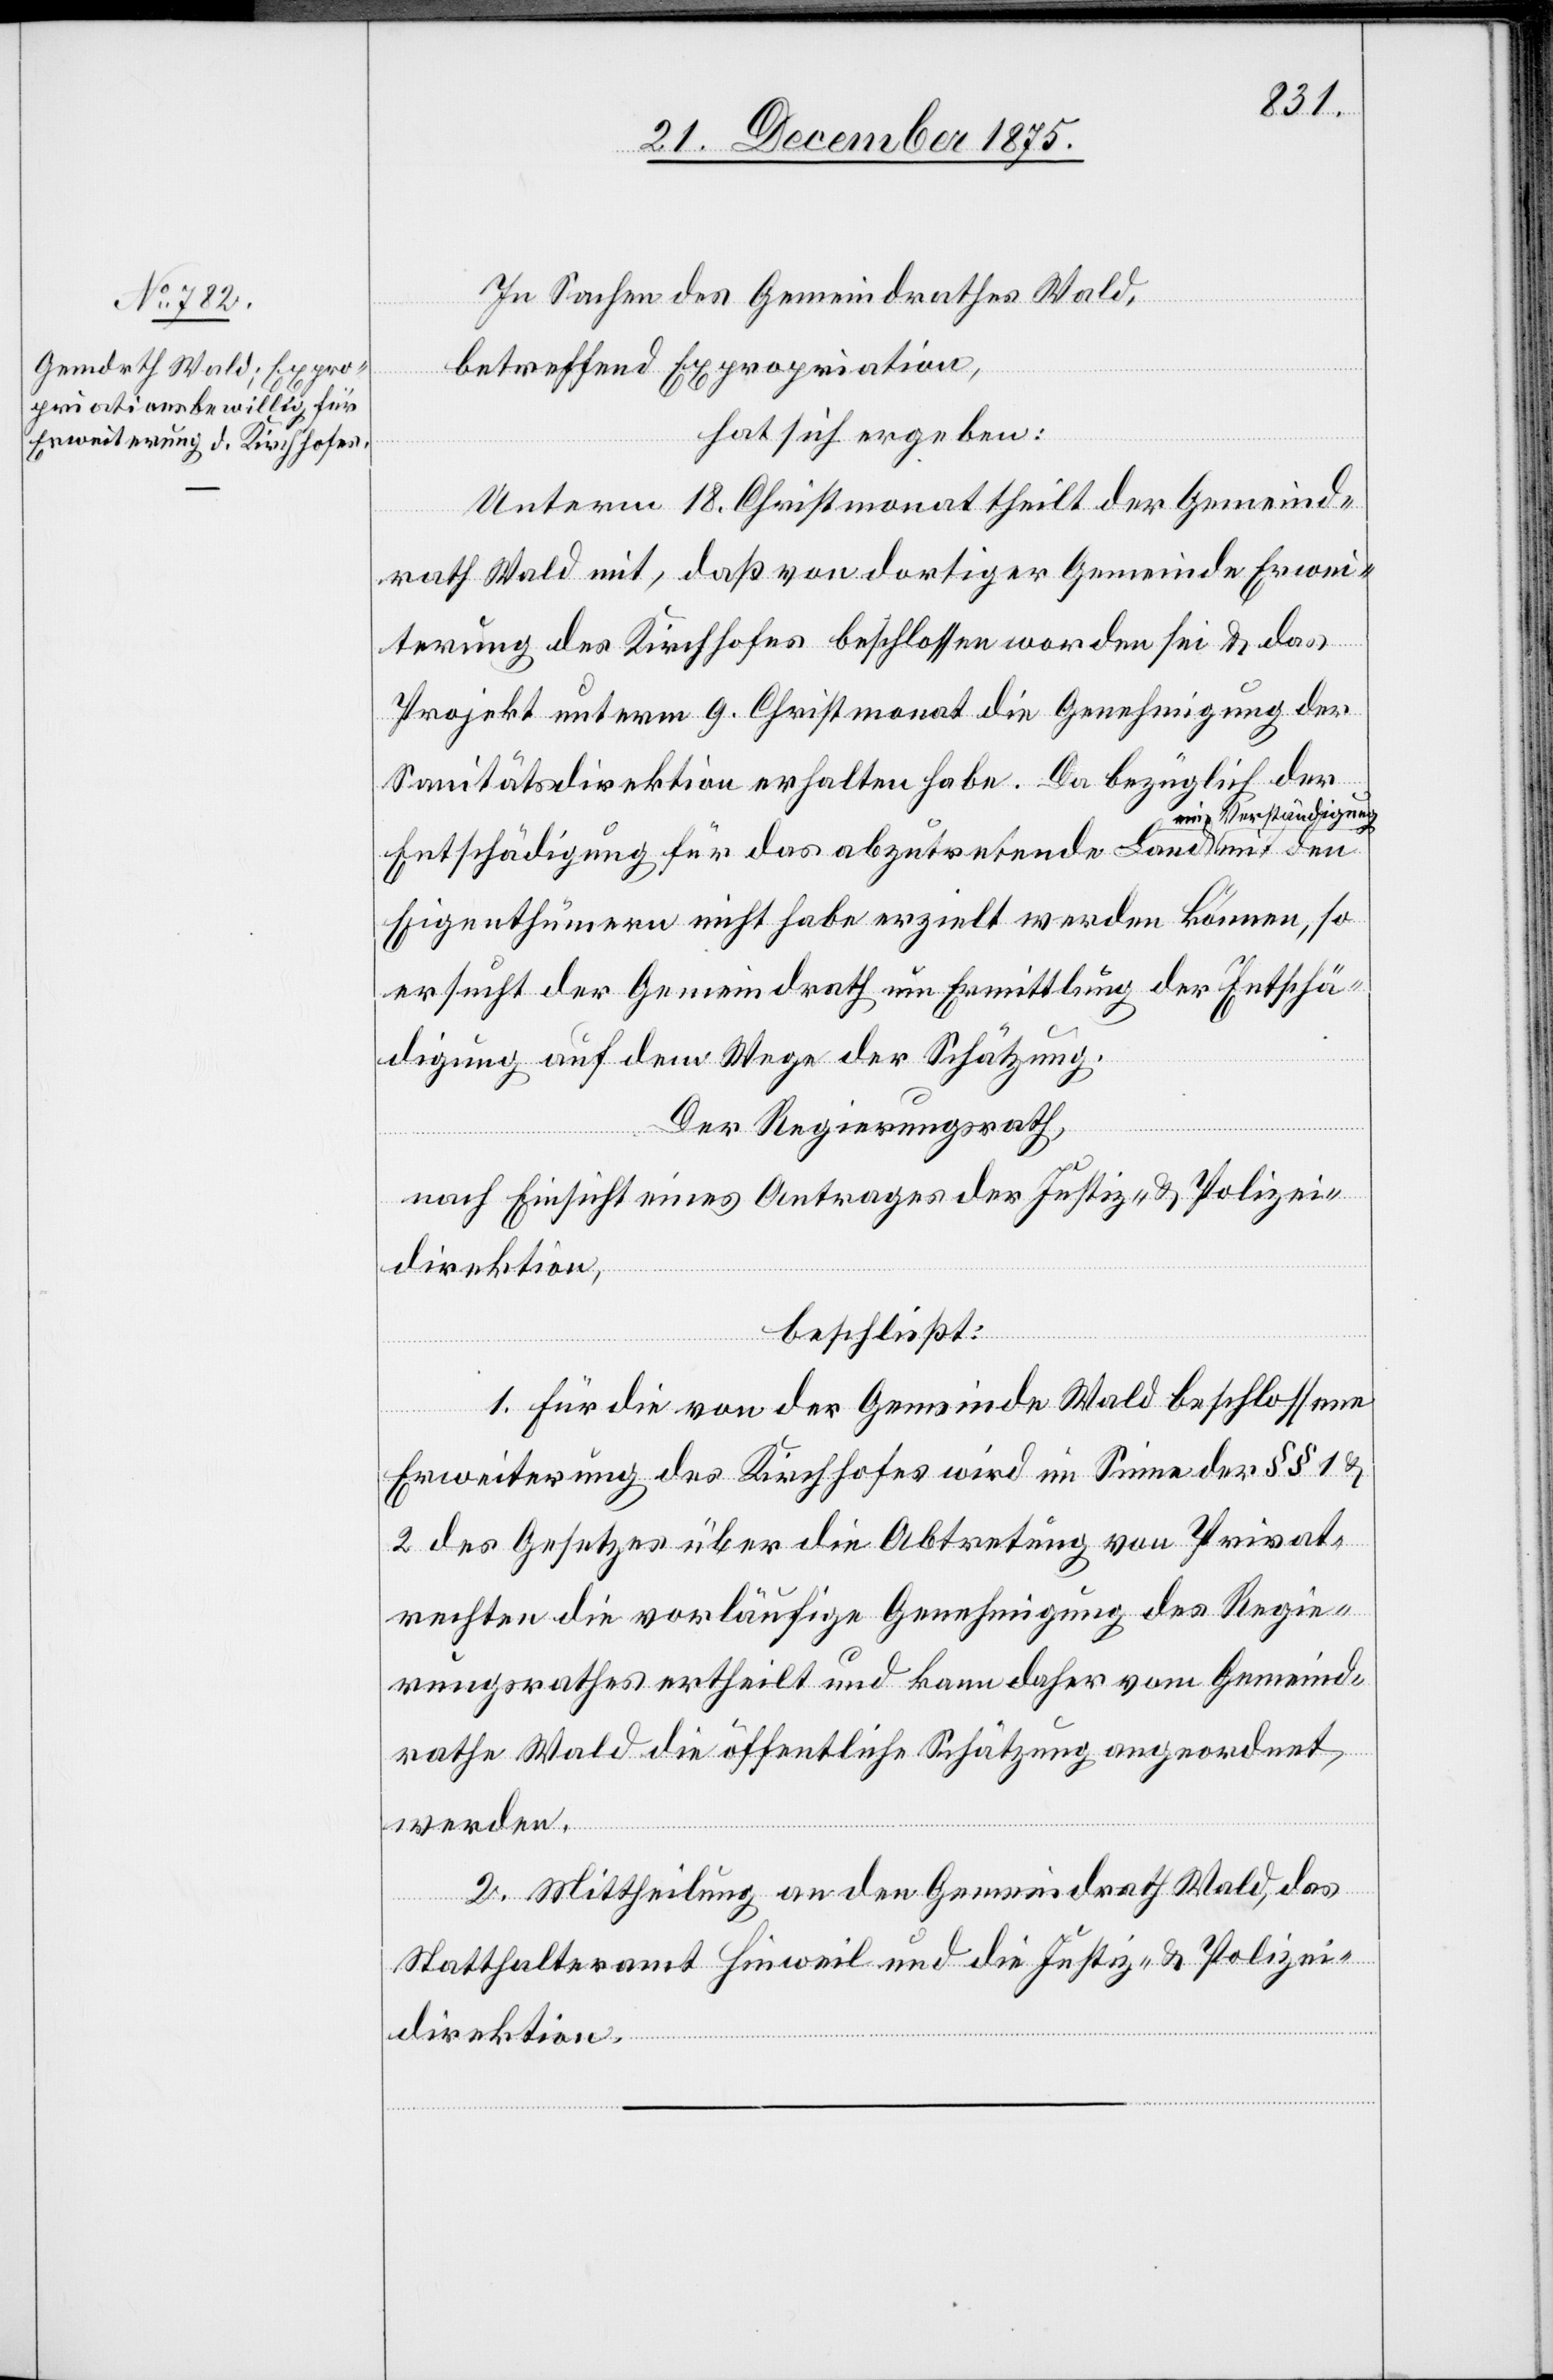
In Sachen des Gemeindrathes Wald,
betreffend Expropriation,
hat sich ergeben:
Unterm 18. Christmonat theilt der Gemeind¬
rath Wald mit, daß von dortiger Gemeinde Erwei¬
terung des Kirchhofes beschlossen worden sei & das
Projekt unterm 9. Christmonat die Genehmigung der
Sanitätsdirektion erhalten habe. Da bezüglich der
ine Verständigung
Entschädigung für das abzutretende Land e¬
Eigenthümern nicht habe erzielt werden können, so
ersucht der Gemeindrath um Ermittlung der Entschä¬
digung auf dem Wege der Schätzung.
Der Regierungsrath,
mit den
nach Einsicht eines Antrages der Justiz- & Polizei¬
direktion,
beschließt:
1. Für die von der Gemeinde Wald beschlossene
Erweiterung des Kirchhofes wird im Sinne der §§ 1 &
2 des Gesetzes über die Abtretung von Privat¬
rechten die vorläufige Genehmigung des Regie¬
rungsrathes ertheilt und kann daher vom Gemeind¬
rathe Wald die öffentliche Schätzung angeordnet
werden.
2. Mittheilung an den Gemeindrath Wald, das
Statthalteramt Hinweil und die Justiz- & Polizei¬
direktion.